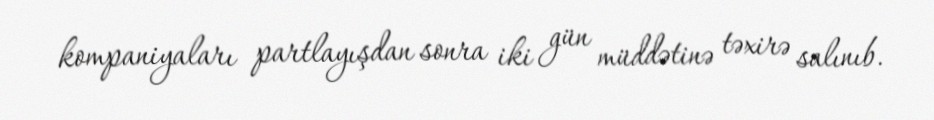
kompaniyaları partlayışdan sonra iki gün müddətinə təxirə salınıb.